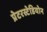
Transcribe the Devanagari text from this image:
प्रेटरस्टेडियोन